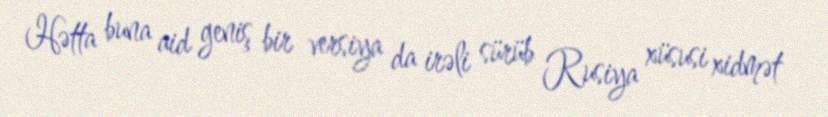
Hətta buna aid geniş bir versiya da irəli sürüb Rusiya xüsusi xidmət